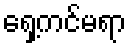
ရှေ့ကင်မရာ